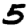
Digit: 5